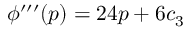
\phi ^ { \prime \prime \prime } ( p ) = 2 4 p + 6 c _ { 3 }